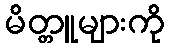
မိတ္တူများကို